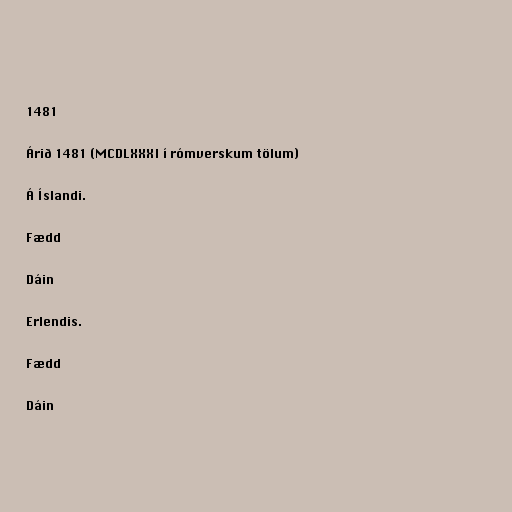
1481

Árið 1481 (MCDLXXXI í rómverskum tölum)

Á Íslandi.

Fædd

Dáin

Erlendis.

Fædd

Dáin